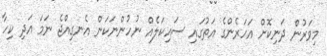
މިވަރުން ދަނިކޮށް އަހަރެންގެ އަތުގައި ސައިކަލެއް ނުހުންނަކަން އެނގިއްޖެ ނަމަ އަދި ކިހާ